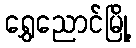
ရွှေညောင်မြို့